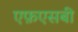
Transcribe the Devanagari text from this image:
एफ़एसबी